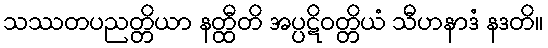
သဿတပညတ္တိယာ နတ္ထီတိ အပ္ပဋိဝတ္တိယံ သီဟနာဒံ နဒတိ။